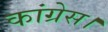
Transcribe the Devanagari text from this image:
कांग्रेस।